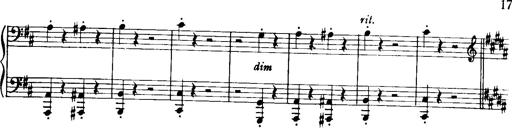
Title: Historische ungarische Bildnisse
Composer: Franz Liszt